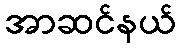
အာဆင်နယ်